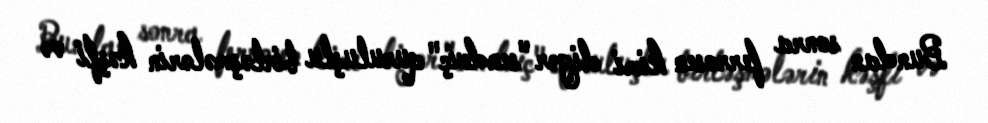
Bundan sonra ferrosen kimi digər "sendviç" quruluşlu birləşmələrin kəşfi və